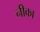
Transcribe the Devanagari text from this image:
नीका